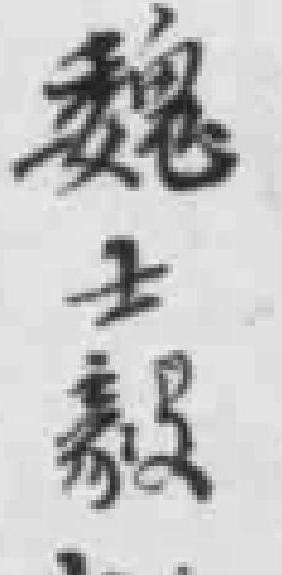
魏士毅